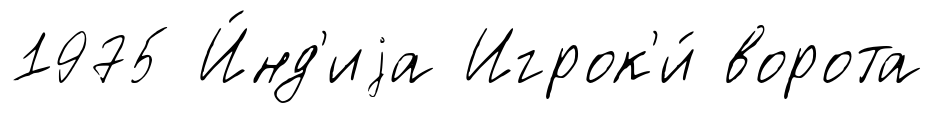
1975 И́нд'иjа Игрок'и́ ворота